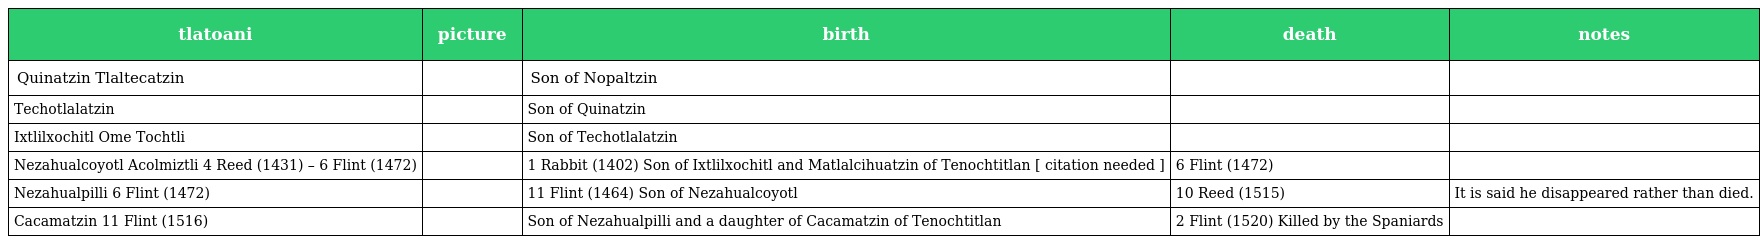
| tlatoani | picture | birth | death | notes |
 | --- | --- | --- | --- | --- |
 | Quinatzin Tlaltecatzin |  | Son of Nopaltzin |  |  |
 | Techotlalatzin |  | Son of Quinatzin |  |  |
 | Ixtlilxochitl Ome Tochtli |  | Son of Techotlalatzin |  |  |
 | Nezahualcoyotl Acolmiztli 4 Reed (1431) – 6 Flint (1472) |  | 1 Rabbit (1402) Son of Ixtlilxochitl and Matlalcihuatzin of Tenochtitlan [ citation needed ] | 6 Flint (1472) |  |
 | Nezahualpilli 6 Flint (1472) |  | 11 Flint (1464) Son of Nezahualcoyotl | 10 Reed (1515) | It is said he disappeared rather than died. |
 | Cacamatzin 11 Flint (1516) |  | Son of Nezahualpilli and a daughter of Cacamatzin of Tenochtitlan | 2 Flint (1520) Killed by the Spaniards |  |